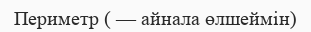
Периметр ( — айнала өлшеймін)